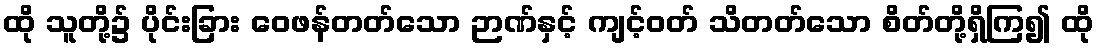
ထို သူတို့၌ ပိုင်းခြား ဝေဖန်တတ်သော ဉာဏ်နှင့် ကျင့်ဝတ် သိတတ်သော စိတ်တို့ရှိကြ၍ ထို